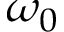
\omega _ { 0 }